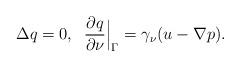
LaTeX: \begin{align*} \Delta q= 0 , \;\; \frac{\partial q}{\partial \nu}{\Big\vert}_{\Gamma}= \gamma_\nu(u-\nabla p). \end{align*}